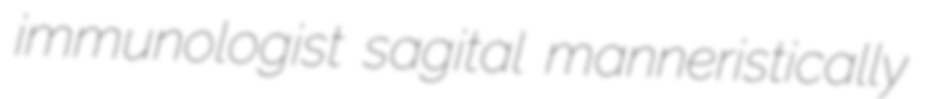
immunologist sagital manneristically